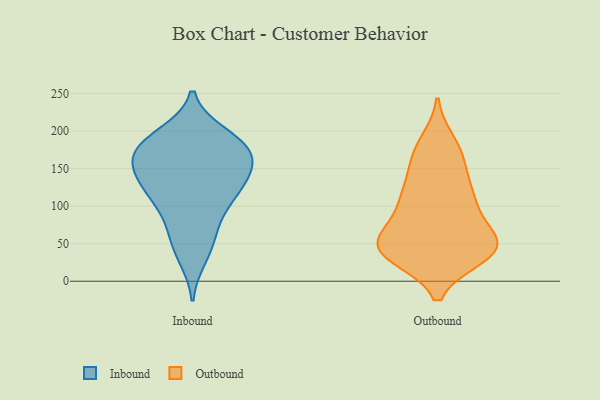
{"axis": {"x": "LTV (USD)", "y": "Value"}, "legend": ["Inbound", "Outbound"], "data": [{"x": "", "y": 122, "type": "Inbound"}, {"x": "", "y": 81, "type": "Inbound"}, {"x": "", "y": 126, "type": "Inbound"}, {"x": "", "y": 47, "type": "Inbound"}, {"x": "", "y": 171, "type": "Inbound"}, {"x": "", "y": 193, "type": "Inbound"}, {"x": "", "y": 111, "type": "Inbound"}, {"x": "", "y": 149, "type": "Inbound"}, {"x": "", "y": 161, "type": "Inbound"}, {"x": "", "y": 179, "type": "Inbound"}, {"x": "", "y": 146, "type": "Inbound"}, {"x": "", "y": 131, "type": "Inbound"}, {"x": "", "y": 162, "type": "Inbound"}, {"x": "", "y": 177, "type": "Inbound"}, {"x": "", "y": 67, "type": "Inbound"}, {"x": "", "y": 195, "type": "Inbound"}, {"x": "", "y": 109, "type": "Inbound"}, {"x": "", "y": 182, "type": "Inbound"}, {"x": "", "y": 32, "type": "Inbound"}, {"x": "", "y": 46, "type": "Outbound"}, {"x": "", "y": 109, "type": "Outbound"}, {"x": "", "y": 43, "type": "Outbound"}, {"x": "", "y": 158, "type": "Outbound"}, {"x": "", "y": 115, "type": "Outbound"}, {"x": "", "y": 102, "type": "Outbound"}, {"x": "", "y": 175, "type": "Outbound"}, {"x": "", "y": 38, "type": "Outbound"}, {"x": "", "y": 45, "type": "Outbound"}, {"x": "", "y": 35, "type": "Outbound"}, {"x": "", "y": 60, "type": "Outbound"}, {"x": "", "y": 47, "type": "Outbound"}, {"x": "", "y": 45, "type": "Outbound"}, {"x": "", "y": 120, "type": "Outbound"}, {"x": "", "y": 71, "type": "Outbound"}, {"x": "", "y": 51, "type": "Outbound"}, {"x": "", "y": 161, "type": "Outbound"}, {"x": "", "y": 34, "type": "Outbound"}, {"x": "", "y": 184, "type": "Outbound"}, {"x": "", "y": 107, "type": "Outbound"}]}